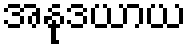
အနုဒယာယ